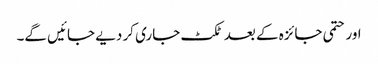
اور حتمی جائزہ کے بعد ٹکٹ جاری کر دیے جائیں گے۔